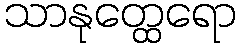
သာနုတ္ထေရော